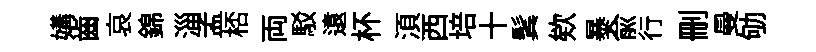
媾齒哀錦淄孟桮両駁遠杯湏西培十鬂欸暴俞行删曼劬